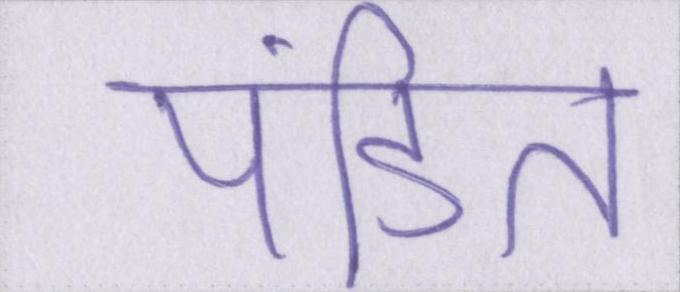
पंडित